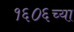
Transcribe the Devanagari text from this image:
१६०६च्या